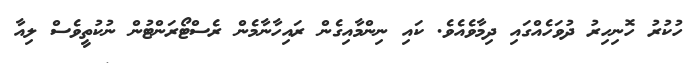
ހުކުރު ހޮނިހިރު ދުވަހެއްގައި ދިމާވެއެވެ. ކައި ނިންމާއިގެން ރައިހާނާމެން ރެސްޓޯރަންޓުން ނުކުތީވެސް ލިއާ